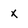
Character: x